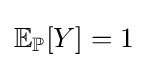
\mathbb {E} _{\mathbb {P} }[Y]=1